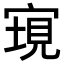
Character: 𡩮